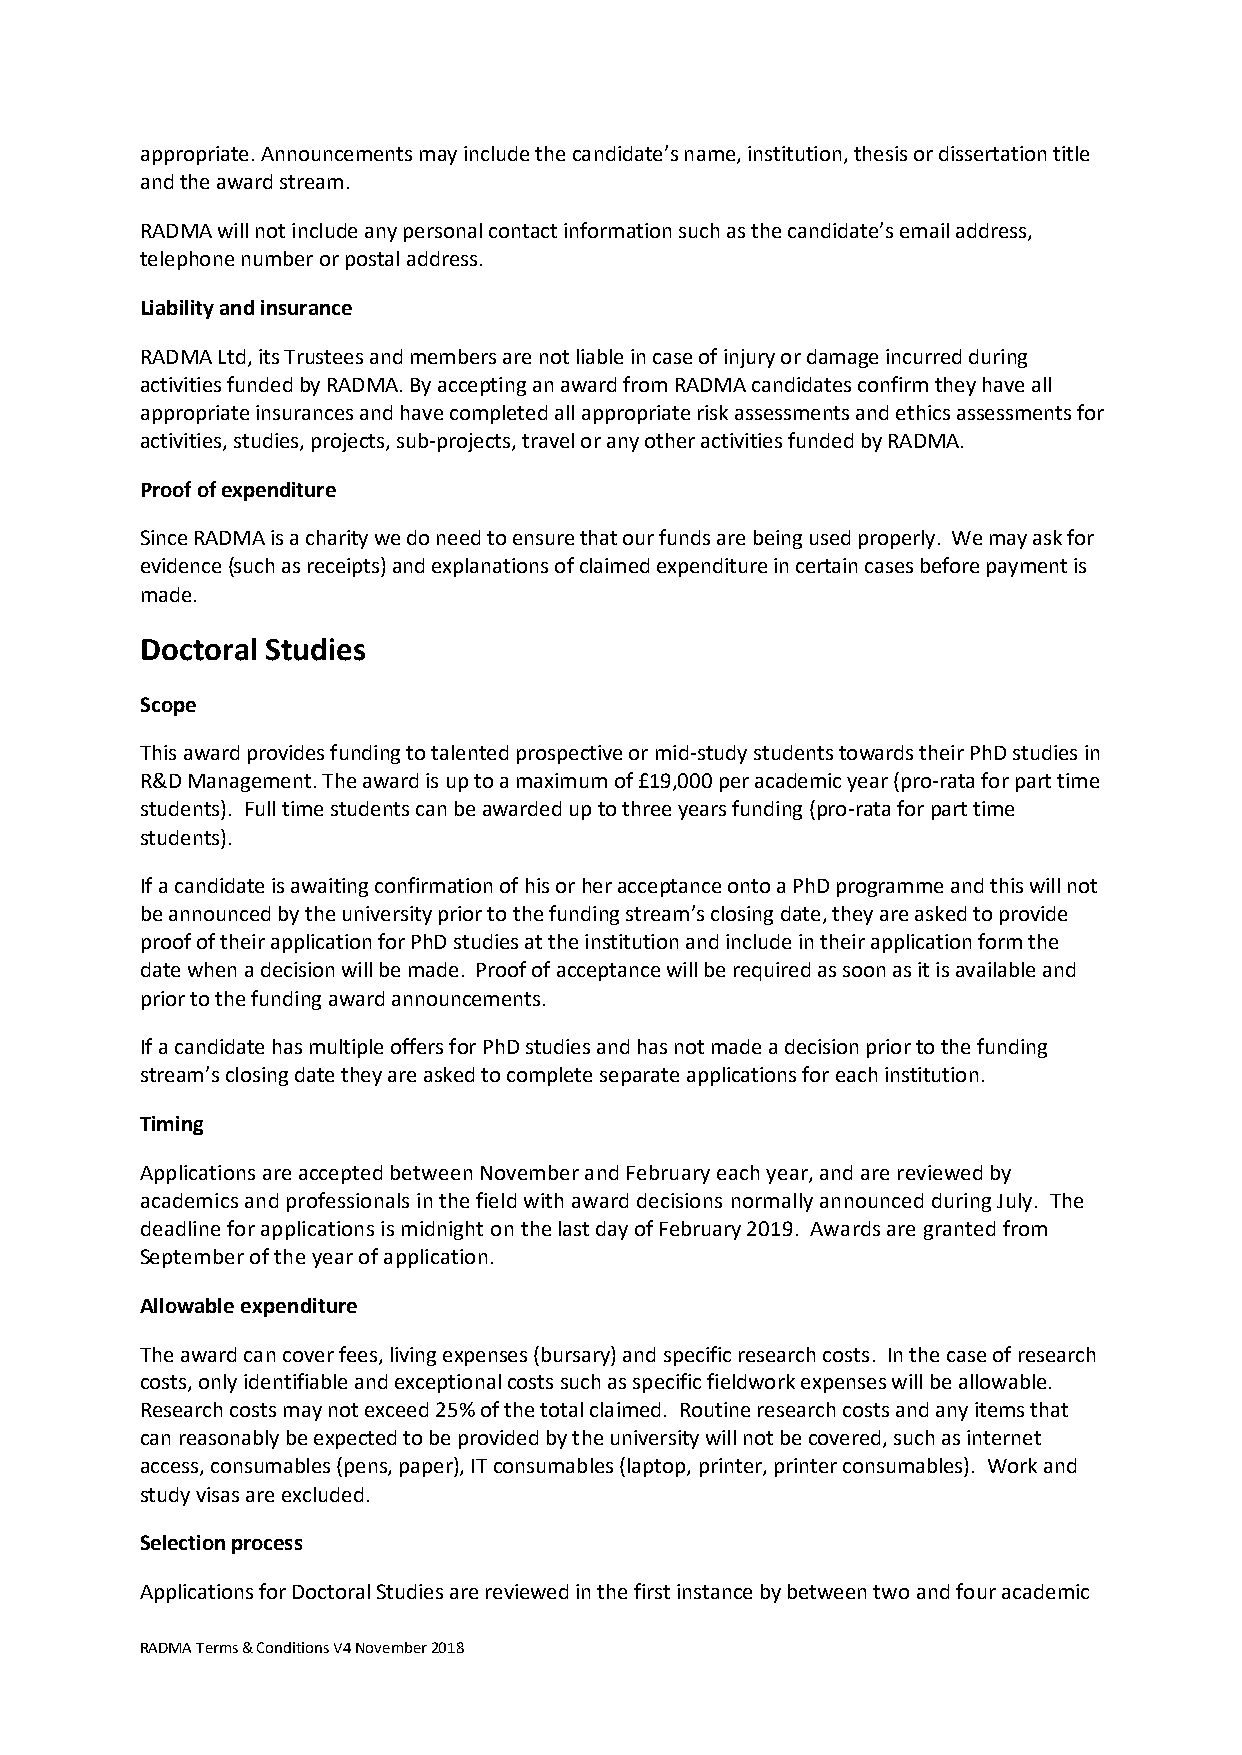
appropriate. Announcements may include the candidate’s name, institution, thesis or dissertation title
 and the award stream.
 RADMA will not include any personal contact information such as the candidate’s email address,
 telephone number or postal address.
 Liability and insurance
 RADMA Ltd, its Trustees and members are not liable in case of injury or damage incurred during
 activities funded by RADMA. By accepting an award from RADMA candidates confirm they have all
 appropriate insurances and have completed all appropriate risk assessments and ethics assessments for
 activities, studies, projects, sub-projects, travel or any other activities funded by RADMA.
 Proof of expenditure
 Since RADMA is a charity we do need to ensure that our funds are being used properly. We may ask for
 evidence (such as receipts) and explanations of claimed expenditure in certain cases before payment is
 made.
 Doctoral Studies
 Scope
 This award provides funding to talented prospective or mid-study students towards their PhD studies in
 R&D Management. The award is up to a maximum of £19,000 per academic year (pro-rata for part time
 students). Full time students can be awarded up to three years funding (pro-rata for part time
 students).
 If a candidate is awaiting confirmation of his or her acceptance onto a PhD programme and this will not
 be announced by the university prior to the funding stream’s closing date, they are asked to provide
 proof of their application for PhD studies at the institution and include in their application form the
 date when a decision will be made. Proof of acceptance will be required as soon as it is available and
 prior to the funding award announcements.
 If a candidate has multiple offers for PhD studies and has not made a decision prior to the funding
 stream’s closing date they are asked to complete separate applications for each institution.
 Timing
 Applications are accepted between November and February each year, and are reviewed by
 academics and professionals in the field with award decisions normally announced during July. The
 deadline for applications is midnight on the last day of February 2019. Awards are granted from
 September of the year of application.
 Allowable expenditure
 The award can cover fees, living expenses (bursary) and specific research costs. In the case of research
 costs, only identifiable and exceptional costs such as specific fieldwork expenses will be allowable.
 Research costs may not exceed 25% of the total claimed. Routine research costs and any items that
 can reasonably be expected to be provided by the university will not be covered, such as internet
 access, consumables (pens, paper), IT consumables (laptop, printer, printer consumables). Work and
 study visas are excluded.
 Selection process
 Applications for Doctoral Studies are reviewed in the first instance by between two and four academic
 RADMA Terms & Conditions V4 November 2018